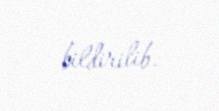
bildirilib.